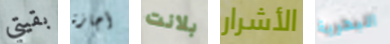
بقيتي أجازة بلانت الأشرار البحرية